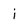
Character: i